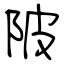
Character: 陂